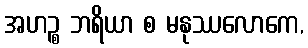
အဟဉ္စ ဘရိယာ စ မနုဿလောကေ,